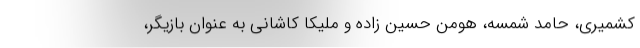
کشمیری، حامد شمسه، هومن حسین زاده و ملیکا کاشانی به عنوان بازیگر،